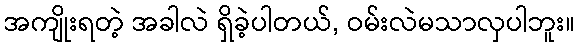
အကျိုးရတဲ့ အခါလဲ ရှိခဲ့ပါတယ်, ဝမ်းလဲမသာလှပါဘူး။